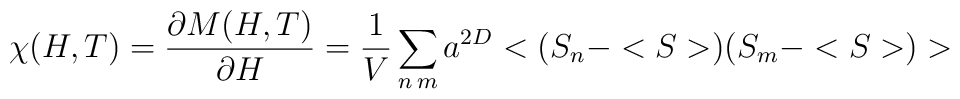
\chi(H,T)=\frac{\partial M(H,T)}{\partial H} = \frac{1}{V} \sum_{n\,  m} a^{2D}<(S_n-<S>) (S_m - <S>)>